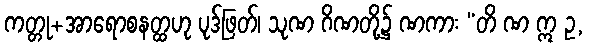
ကတ္တု+အာရောစနတ္ထဟု ပုဒ်ဖြတ်၊ သုဏ ဂိဏတို့၌ ဏကား “တိ ဏ ဣ ဥ,